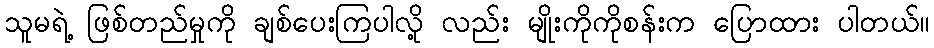
သူမရဲ့ ဖြစ်တည်မှုကို ချစ်ပေးကြပါလို့ လည်း မျိုးကိုကိုစန်းက ပြောထား ပါတယ်။